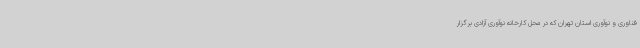
فناوری و نوآوری استان تهران که در محل کارخانه نوآوری آزادی برگزار